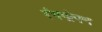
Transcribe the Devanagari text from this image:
रंगगोपन